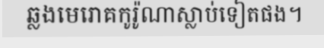
ឆ្លងមេរោគកូរ៉ូណាស្លាប់ទៀតផង។